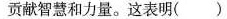
贡献智慧和力量。这表明( )